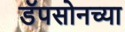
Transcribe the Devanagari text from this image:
डॅपसोनच्या